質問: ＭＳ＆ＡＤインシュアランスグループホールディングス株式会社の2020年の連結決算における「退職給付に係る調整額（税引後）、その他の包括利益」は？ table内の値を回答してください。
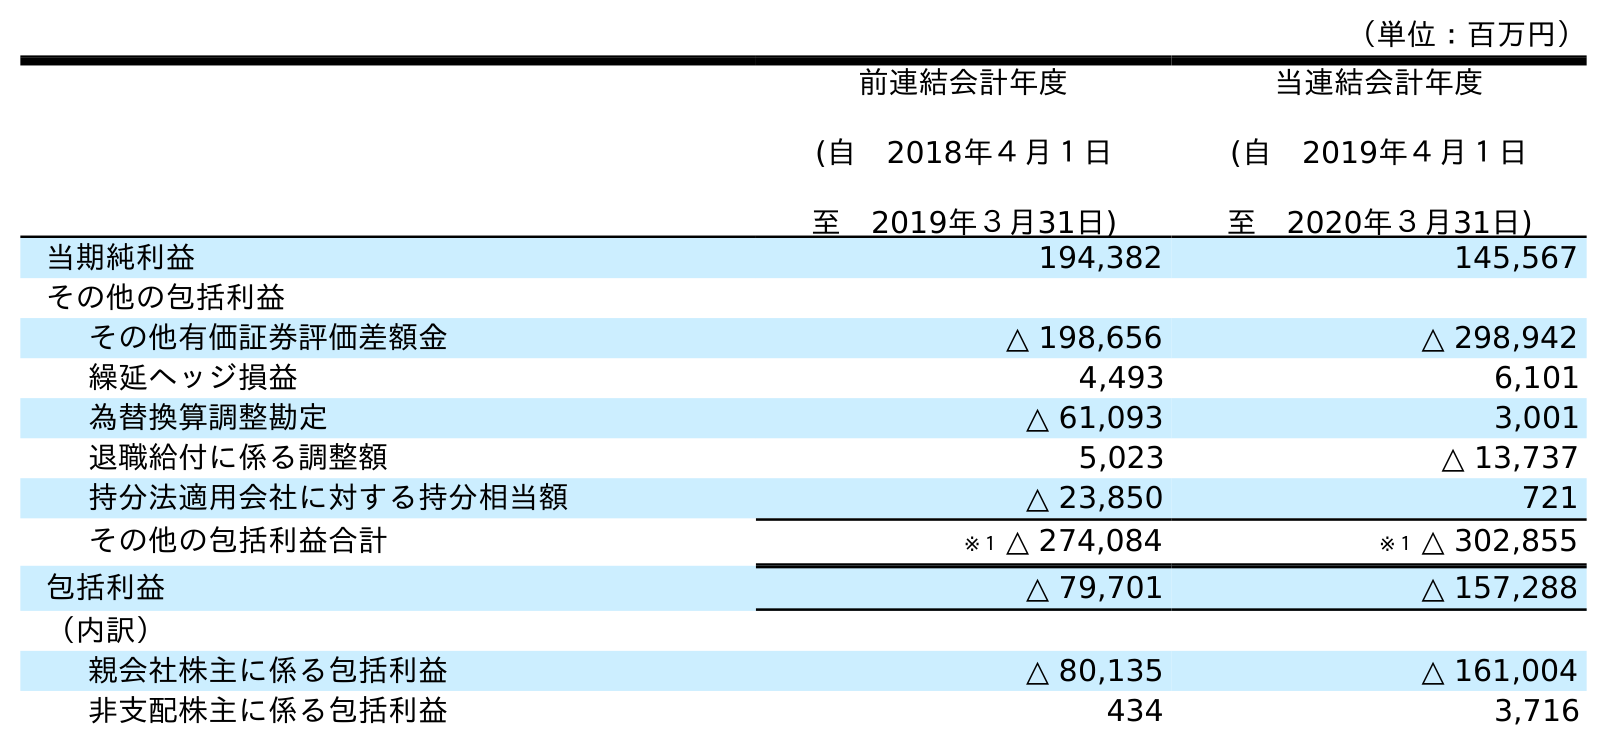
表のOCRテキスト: （単位：百万円） 前連結会計年度 (自 2018年４月１日 至 2019年３月31日) 当連結会計年度 (自 2019年４月１日 至 2020年３月31日) 当期純利益 194,382 145,567 その他の包括利益 その他有価証券評価差額金 △ 198,656 △ 298,942 繰延ヘッジ損益 4,493 6,101 為替換算調整勘定 △ 61,093 3,001 退職給付に係る調整額 5,023 △ 13,737 持分法適用会社に対する持分相当額 △ 23,850 721 その他の包括利益合計 ※１ △ 274,084 ※１ △ 302,855 包括利益 △ 79,701 △ 157,288 （内訳） 親会社株主に係る包括利益 △ 80,135 △ 161,004 非支配株主に係る包括利益 434 3,716
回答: △13,737